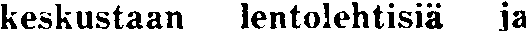
keskustaan lentolehtisiä ja